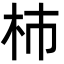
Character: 杮